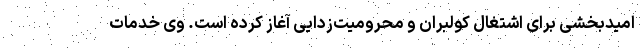
امیدبخشی برای اشتغال کولبران و محرومیت‌زدایی آغاز کرده است. وی خدمات